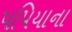
પપિયાના